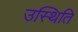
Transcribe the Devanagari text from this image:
उस्थिति